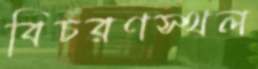
বিচরণস্থল